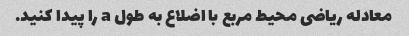
معادله ریاضی محیط مربع با اضلاع به طول a را پیدا کنید.